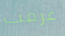
عرفت